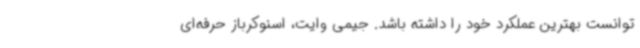
توانست بهترین عملکرد خود را داشته باشد. جیمی وایت، اسنوکرباز حرفه‌ای